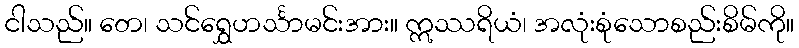
ငါသည်။ တေ၊ သင်ရွှေဟင်္သာမင်းအား။ ဣဿရိယံ၊ အလုံးစုံသောစည်းစိမ်ကို။